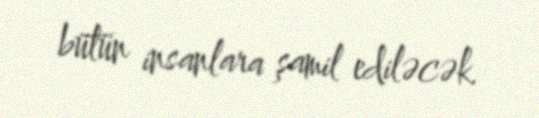
bütün insanlara şamil ediləcək.